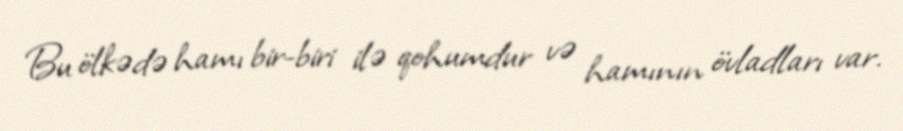
Bu ölkədə hamı bir-biri ilə qohumdur və hamının övladları var.